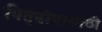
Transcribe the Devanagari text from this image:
पितृदोषासाठी